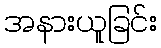
အနားယူခြင်း